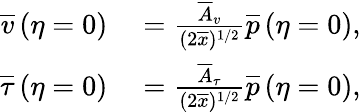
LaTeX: \begin{array}{rl}{\overline{{v}}\left(\eta=0\right)}&{{}=\frac{\overline{{A}}_{v}}{(2\overline{{x}})^{1/2}}\overline{{p}}\left(\eta=0\right),}\\ {\overline{{\tau}}\left(\eta=0\right)}&{{}=\frac{\overline{{A}}_{\tau}}{(2\overline{{x}})^{1/2}}\overline{{p}}\left(\eta=0\right),}\end{array}